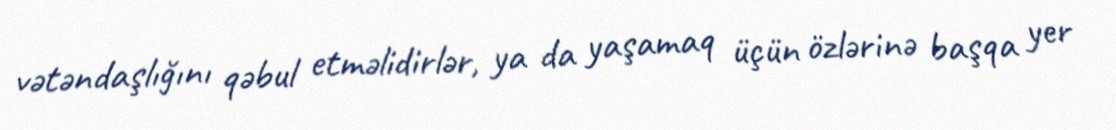
vətəndaşlığını qəbul etməlidirlər, ya da yaşamaq üçün özlərinə başqa yer